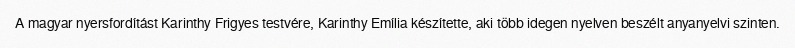
A magyar nyersfordítást Karinthy Frigyes testvére, Karinthy Emília készítette, aki több idegen nyelven beszélt anyanyelvi szinten.